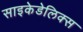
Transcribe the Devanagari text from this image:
साइकेडेलिक्स